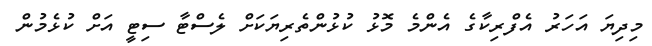
މިދިޔަ އަހަރު އެފްރިކާގެ އެންމެ މޮޅު ކުޅުންތެރިޔަކަށް ލެސްޓާ ސިޓީ އަށް ކުޅެމުން